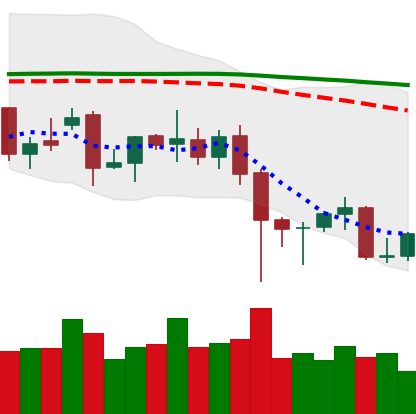
Ticker: XMR-USD
Chart end date: 2021-12-11
Forward return: -5.915%
Label: down_5_7